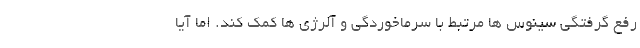
رفع گرفتگی سینوس ها مرتبط با سرماخوردگی و آلرژی ها کمک کند. اما آیا